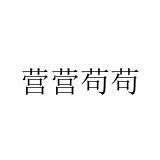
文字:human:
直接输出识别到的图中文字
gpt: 营营苟苟